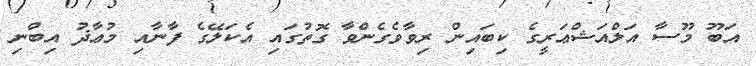
އަބޫ މޫސާ އަލްއަޝްޢަރީގެ ކިބައިން ރިވާވެގެންވާ ގޮތުގައި އެކަލޭގެ ފާނާއި މުޢާޛު އިބްނި